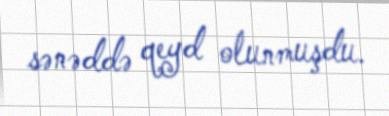
sənəddə qeyd olunmuşdu.